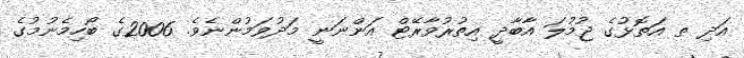
އަދި ތ އަތޮޅުގެ ޖުމުލަ އާބާދީ އިތުރުވާރޭޓް އަންނަނީ މަދުވަމުންނެވެ. 2006ގެ ބޯހިމެނުމުގެ